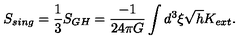
S _ { s i n g } = { \frac { 1 } { 3 } } S _ { G H } = { \frac { - 1 } { 2 4 \pi G } } \int d ^ { 3 } \xi \sqrt { h } K _ { e x t } .